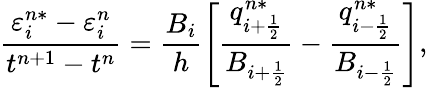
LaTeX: \frac{\varepsilon_{i}^{n*}-\varepsilon_{i}^{n}}{t^{n+1}-t^{n}}=\frac{B_{i}}{h}\left[\frac{q_{i+\frac{1}{2}}^{n*}}{B_{i+\frac{1}{2}}}-\frac{q_{i-\frac{1}{2}}^{n*}}{B_{i-\frac{1}{2}}}\right],